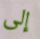
إلى